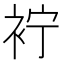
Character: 䘢